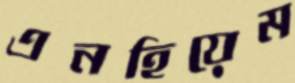
এনহিয়েম